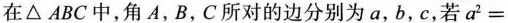
在△ABC中，角A，B，C所对的边分别为a，b，c，若$$a^2 =$$